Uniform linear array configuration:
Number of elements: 12
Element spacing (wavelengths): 0.5
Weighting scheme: binomial
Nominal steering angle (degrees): -45
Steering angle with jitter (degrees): -44.403
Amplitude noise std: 0.05
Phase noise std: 0.05

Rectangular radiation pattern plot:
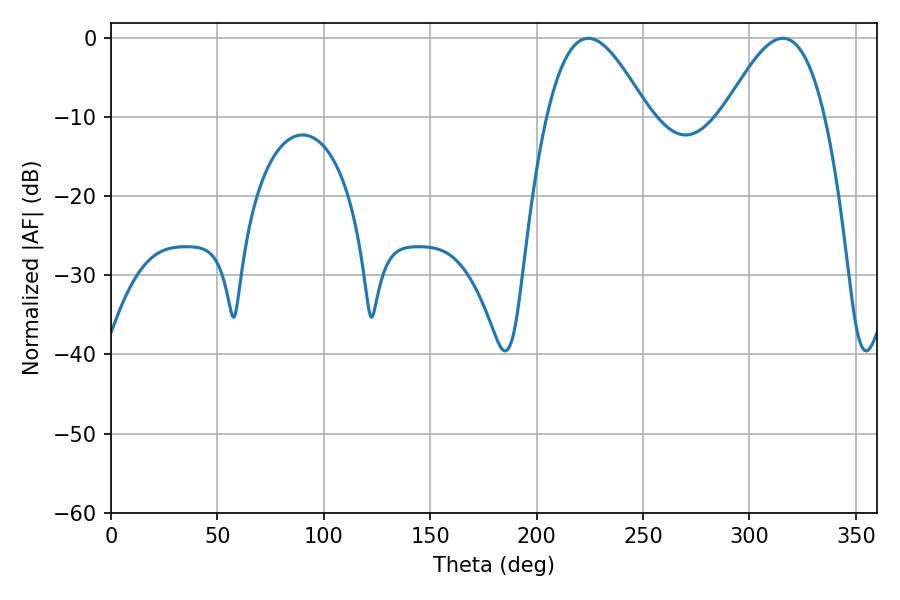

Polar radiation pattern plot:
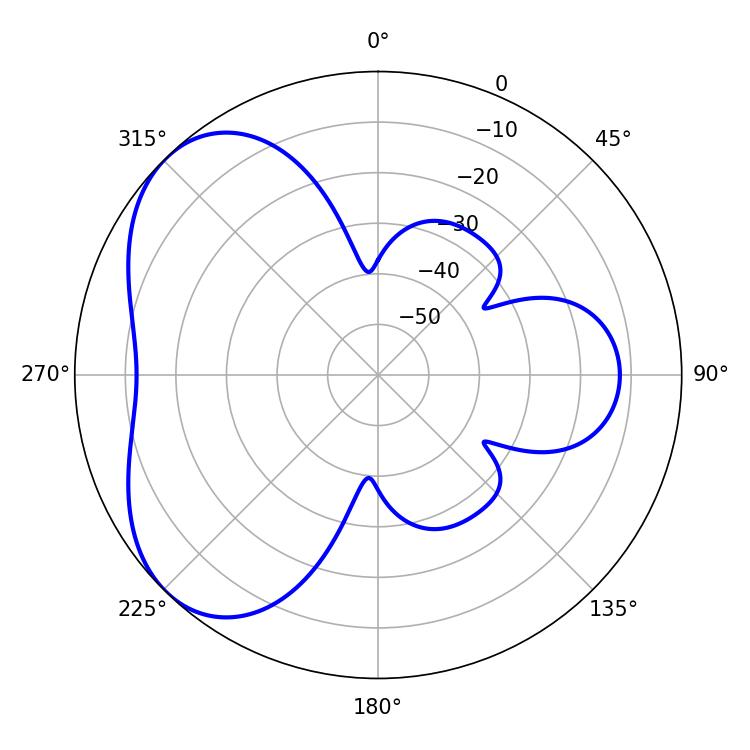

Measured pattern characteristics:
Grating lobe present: FALSE
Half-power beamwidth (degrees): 25.56
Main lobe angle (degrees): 224.28